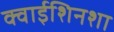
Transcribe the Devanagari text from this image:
क्वाईशिनशा